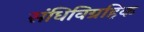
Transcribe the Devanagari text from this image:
संधिविग्रहिक